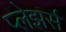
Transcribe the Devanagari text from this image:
प्लेझर्स